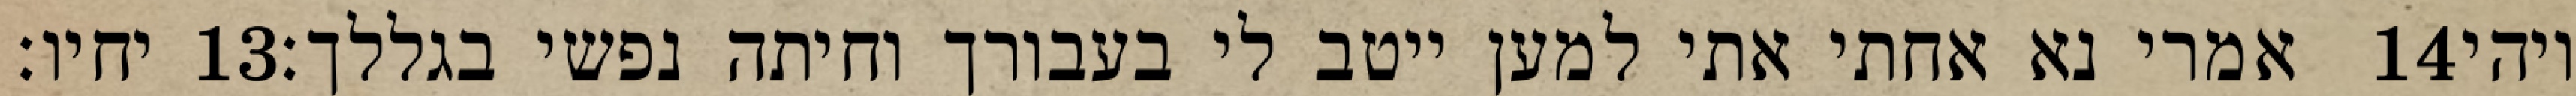
יחיו׃ ‎13‏ אמרי נא אחתי אתי למען ייטב לי בעבורך וחיתה נפשי בגללך׃ ‎14‏ ויהי